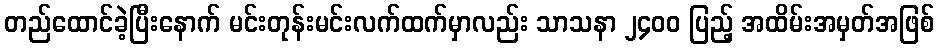
တည်ထောင်ခဲ့ပြီးနောက် မင်းတုန်းမင်းလက်ထက်မှာလည်း သာသနာ ၂၄၀၀ ပြည့် အထိမ်းအမှတ်အဖြစ်